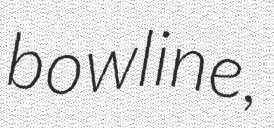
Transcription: bowline,